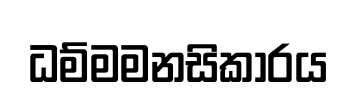
ධම්මමනසිකාරය